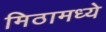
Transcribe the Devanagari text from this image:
मिठामध्ये